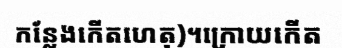
កន្លែងកើតហេតុ)។ក្រោយកើត